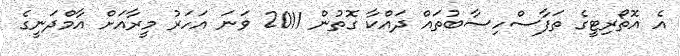
އެ އޮތޯރިޓީގެ ތަފާސްހިސާބުތައް ދައްކާ ގޮތުން 2011 ވަނަ އަހަރު މީރާއަށް އާމްދަނީގެ